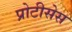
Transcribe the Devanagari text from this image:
प्रोटीसेस